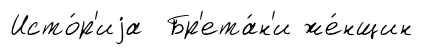
Исто́р'иjа Бр'ета́н'и же́нщин